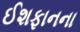
ઈશફાનના